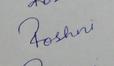
Signature authenticity: forged